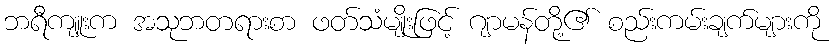
ဘရီကျူးက အသုဘတရားစာ ဖတ်သံမျိုးဖြင့် ဂျာမန်တို့၏ စည်းကမ်းချက်များကို